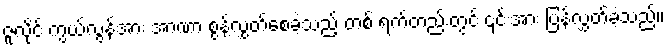
ဇူလိုင် ကွယ်လွန်အား အာဏာ စွန့်လွှတ်စေခဲ့သည့် တစ် ရက်တည်းတွင် ၎င်းအား ပြန်လွှတ်ခဲ့သည်။